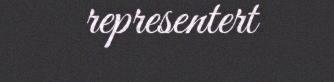
representert